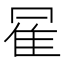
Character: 𱁇